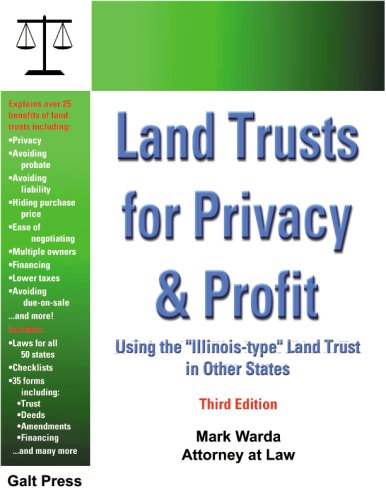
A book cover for Land Trusts for Privacy & Profit: Using the "Illinois-type" Land Trust in Other States; Mark Warda; Business & Money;